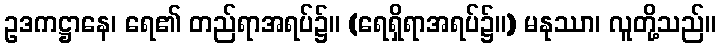
ဥဒကဋ္ဌာနေ၊ ရေ၏ တည်ရာအရပ်၌။ (ရေရှိရာအရပ်၌။) မနုဿာ၊ လူတို့သည်။